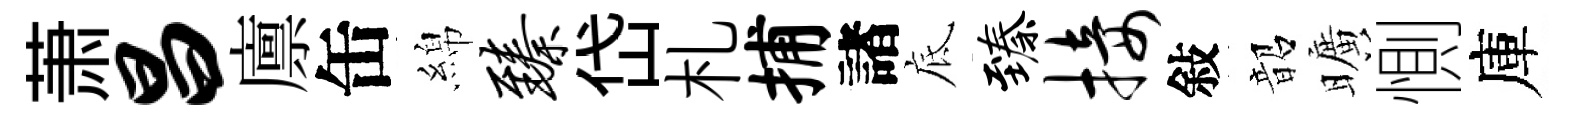
萧昌廪缶綿臻岱札捕諸底臻接敍韶曠惻庫